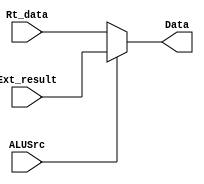
// ALU
module mux1(Rt_data, Ext_result, Data, ALUSrc);
    input [31:0] Rt_data;        // 
    input [31:0] Ext_result;     // 
    input ALUSrc;      // 0 1
    output reg [31:0] Data;     // 

    always @(*)
    begin
        if (ALUSrc)
            begin
                Data = Ext_result;
                // $display("(MUX.v) select ext_result: %h", Data);
            end
        else  
            begin
                Data = Rt_data;
                // $display("(MUX.v) select Rt_data: %h", Data);
            end       
    end
endmodule

// regfileALU
module mux2(ALUoutput, MEMouput, Data, MemtoReg);
    input [31:0] ALUoutput;        // ALU
    input [31:0] MEMouput;     // 
    input MemtoReg;      // 0ALU 1
    
    output reg [31:0] Data;     // 

    always @(*)
    begin
        if (MemtoReg)
            begin
                Data = MEMouput;
                // $display("(MUX.v) select ALU_output: %h", Data);
            end
        else  
            begin
                Data = ALUoutput;
                // $display("(MUX.v) select DATAMEM_output: %h", Data);
            end       
    end
endmodule